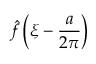
{ \hat { f } } \left( \xi - { \frac { a } { 2 \pi } } \right)